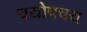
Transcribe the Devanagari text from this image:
चयोपचय